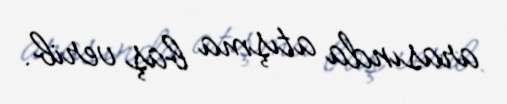
arasında atışma baş verib.